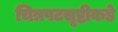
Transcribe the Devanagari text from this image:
चित्रपटसृष्टीकडे